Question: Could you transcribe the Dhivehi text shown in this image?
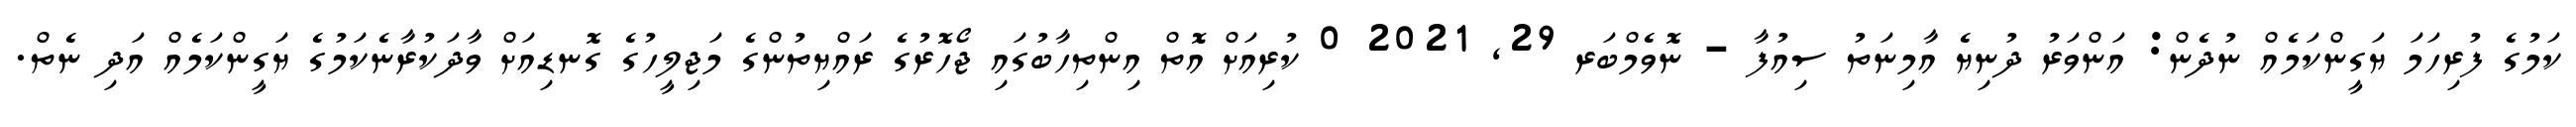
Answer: ކަމުގެ ފުރިހަމަ ޔަގީންކަމެއް ނުދެން: އަންވަރު ދުނިޔެ އާމިނަތު ސިއުފާ - ނޮވެމްބަރ 29, 2021 0 ކުރިއަށް އޮތް އިންތިހާބުގައި ޖޯހޮރުގެ ރައްޔިތުންގެ މަޖިލީހުގެ ގޮނޑިއަށް ވާދަކުރާނެކަމުގެ ޔަގީންކަމެއް އަދި ނެތް.